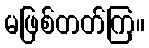
မဖြစ်တတ်ကြ။